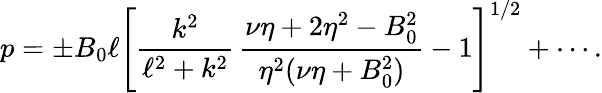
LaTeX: p=\pm B_{0}\ell\left[\frac{k^{2}}{\ell^{2}+k^{2}}\, \frac{\nu\eta+2\eta^{2}-B_{0}^{2}}{\eta^{2}(\nu\eta+B_{0}^{2})}-1\right]^{1/2}+\cdots.